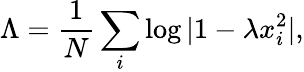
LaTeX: \Lambda=\frac{1}{N}\sum_{i}\log|1-\lambda x_{i}^{2}|,